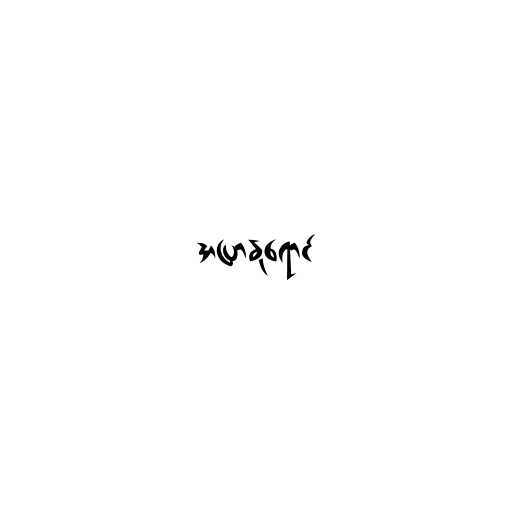
အပြာနုရောင်